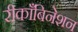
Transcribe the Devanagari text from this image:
रीकाँबिनेशन